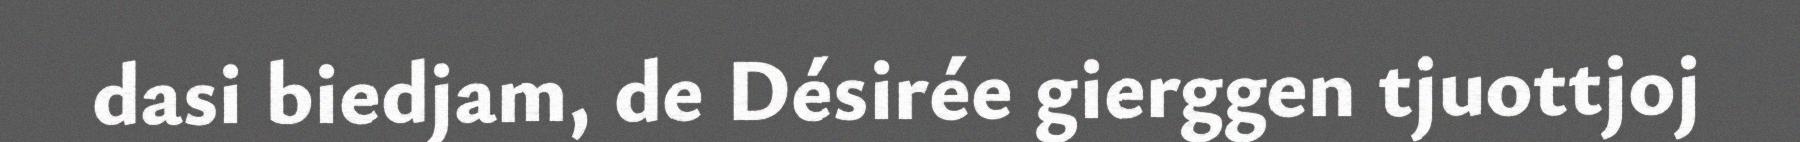
dasi biedjam, de Désirée gierggen tjuottjoj